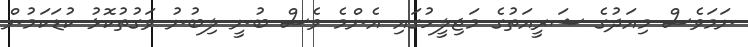
ނަމަވެސް މިއަދުގެ ޝަރީއަތުގެ މަޖިލީހުގައި އެންމެ ވެސް ބުނީ ލިބުނު ވަގުތުކޮޅު ކުޑަކަމުން